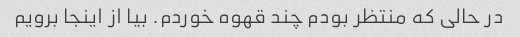
در حالی که منتظر بودم چند قهوه خوردم. بیا از اینجا برویم